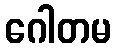
ဂေါတမ